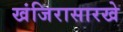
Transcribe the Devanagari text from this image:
खंजिरासारखे